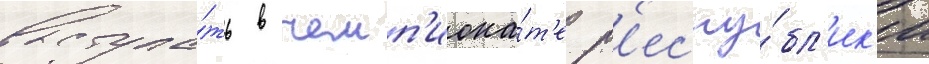
выступа́ть в чемп'иона́т'е р'еспу́бл'ик'и